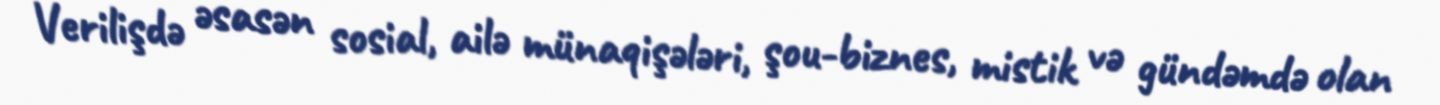
Verilişdə əsasən sosial, ailə münaqişələri, şou-biznes, mistik və gündəmdə olan